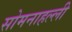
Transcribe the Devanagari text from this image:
सोमनाहल्ली